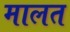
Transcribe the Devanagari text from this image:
मालत